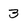
Character: 3